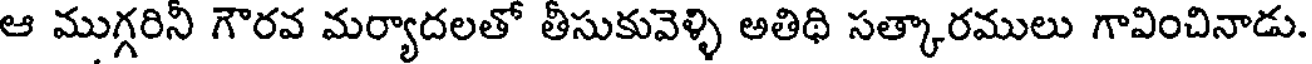
ఆ ముగ్గరినీ గౌరవ మర్యాదలతో తీసుకువెళ్ళి అతిథి సత్కారములు గావించినాడు